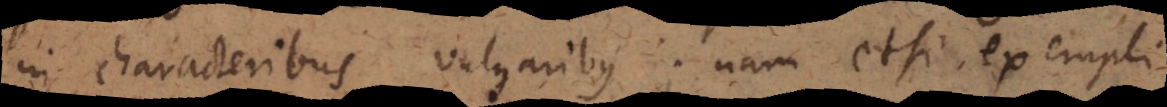
in characteribus vulgaribus; nam etsi exempli